Civil Veterinary Department ledger series I-VI
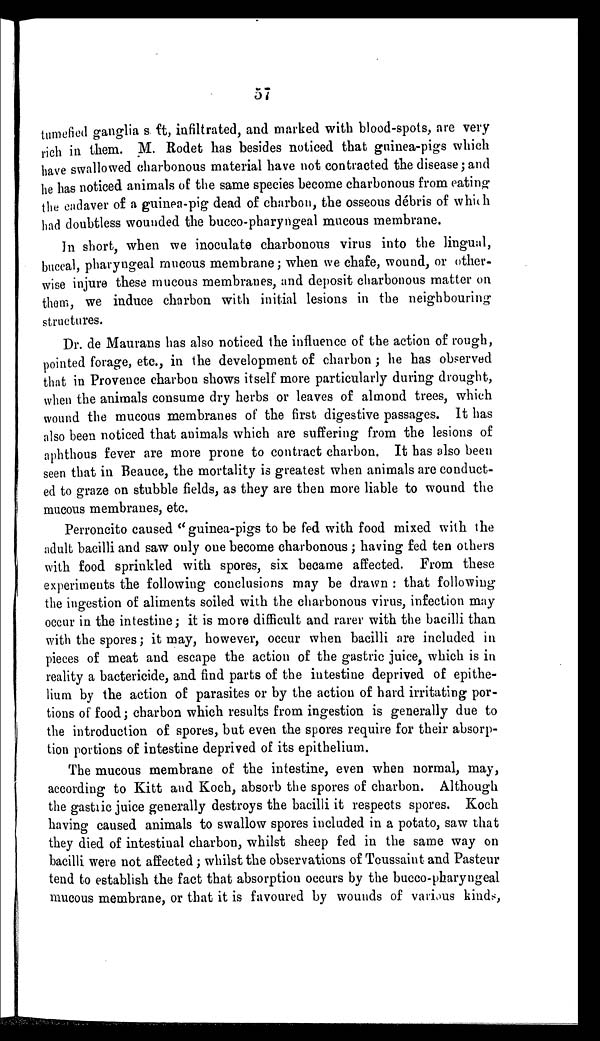
57
tumefied ganglias ft, infiltrated, and marked with blood-spots, are very
rich in them. M. Rodet has besides noticed that guinea-pigs which
have swallowed charbonous material have not contracted the disease; and
he has noticed animals of the same species become charbonous from eating
the eadaver of a guinea-pig dead of charbon, the osseous debris of which
had doubtless wounded the bucco-pharyngeal mucous membrane.
In short, when we inoculate charbonous virus into the lingual,
buccal, pharyngeal mucous membrane; when we chafe, wound, or other-
wise injure these mucous membranes, and deposit charbonous matter on
them, we induce charbon with initial lesions in the neighbouring
structures.
Dr. de Maurans has also noticed the influence of the action of rough,
pointed forage, etc., in the development of charbon; he has observed
that in Provence charbon shows itself more particularly during drought,
when the animals consume dry herbs or leaves of almond trees, which
wound the mucous membranes of the first digestive passages. It has
also been noticed that animals which are suffering from the lesions of
aphthous fever are more prone to contract charbon. It has also been
seen that in Beauce, the mortality is greatest when animals are conduct-
ed to graze on stubble fields, as they are then more liable to wound the
mucous membranes, etc.
Perroncito caused "guinea-pigs to be fed with food mixed with the
adult bacilli and saw only one become charbonous; having fed ten others
with food sprinkled with spores, six became affected. From these
experiments the following conclusions may be drawn: that following
the ingestion of aliments soiled with the charbonous virus, infection may
occur in the intestine; it is more difficult and rarer with the bacilli than
with the spores; it may, however, occur when bacilli are included in
pieces of meat and escape the action of the gastric juice, which is in
reality a bactericide, and find parts of the intestine deprived of epithe-
lium by the action of parasites or by the action of hard irritating por-
tions of food; charbon which results from ingestion is generally due to
the introduction of spores, but even the spores require for their absorp-
tion portions of intestine deprived of its epithelium.
The mucous membrane of the intestine, even when normal, may,
according to Kitt and Koch, absorb the spores of charbon. Although
the gastric juice generally destroys the bacilli it respects spores. Koch
having caused animals to swallow spores included in a potato, saw that
they died of intestinal charbon, whilst sheep fed in the same way on
bacilli were not affected; whilst the observations of Toussaint and Pasteur
tend to establish the fact that absorption occurs by the bucco-pharyngeal
mucous membrane, or that it is favoured by wounds of various kinds,